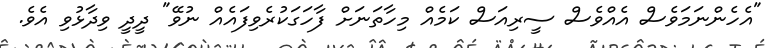
"އެހެންނަމަވެސް އެއްވެސް ސީރިއަސް ކަމެއް މިހާތަނަށް ފާހަގަކުރެވިފައެއް ނުވޭ" ދީދީ ވިދާޅުވި އެވެ.